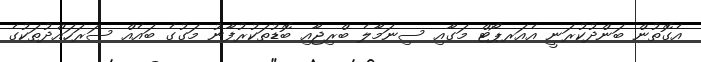
އެގޮތުން ބަންދުކުރަނީ އެއަރޕޯޓް މަގާއި ސިނަމާލެ ބްރިޖާއި ބޮޑުތަކުރުފާނު މަގުގެ ބައެއް ސަރަހައްދުތަކުގެ